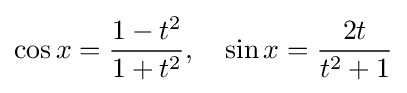
\cos x={\frac {1-t^{2}}{1+t^{2}}},\quad \sin x={\frac {2t}{t^{2}+1}}